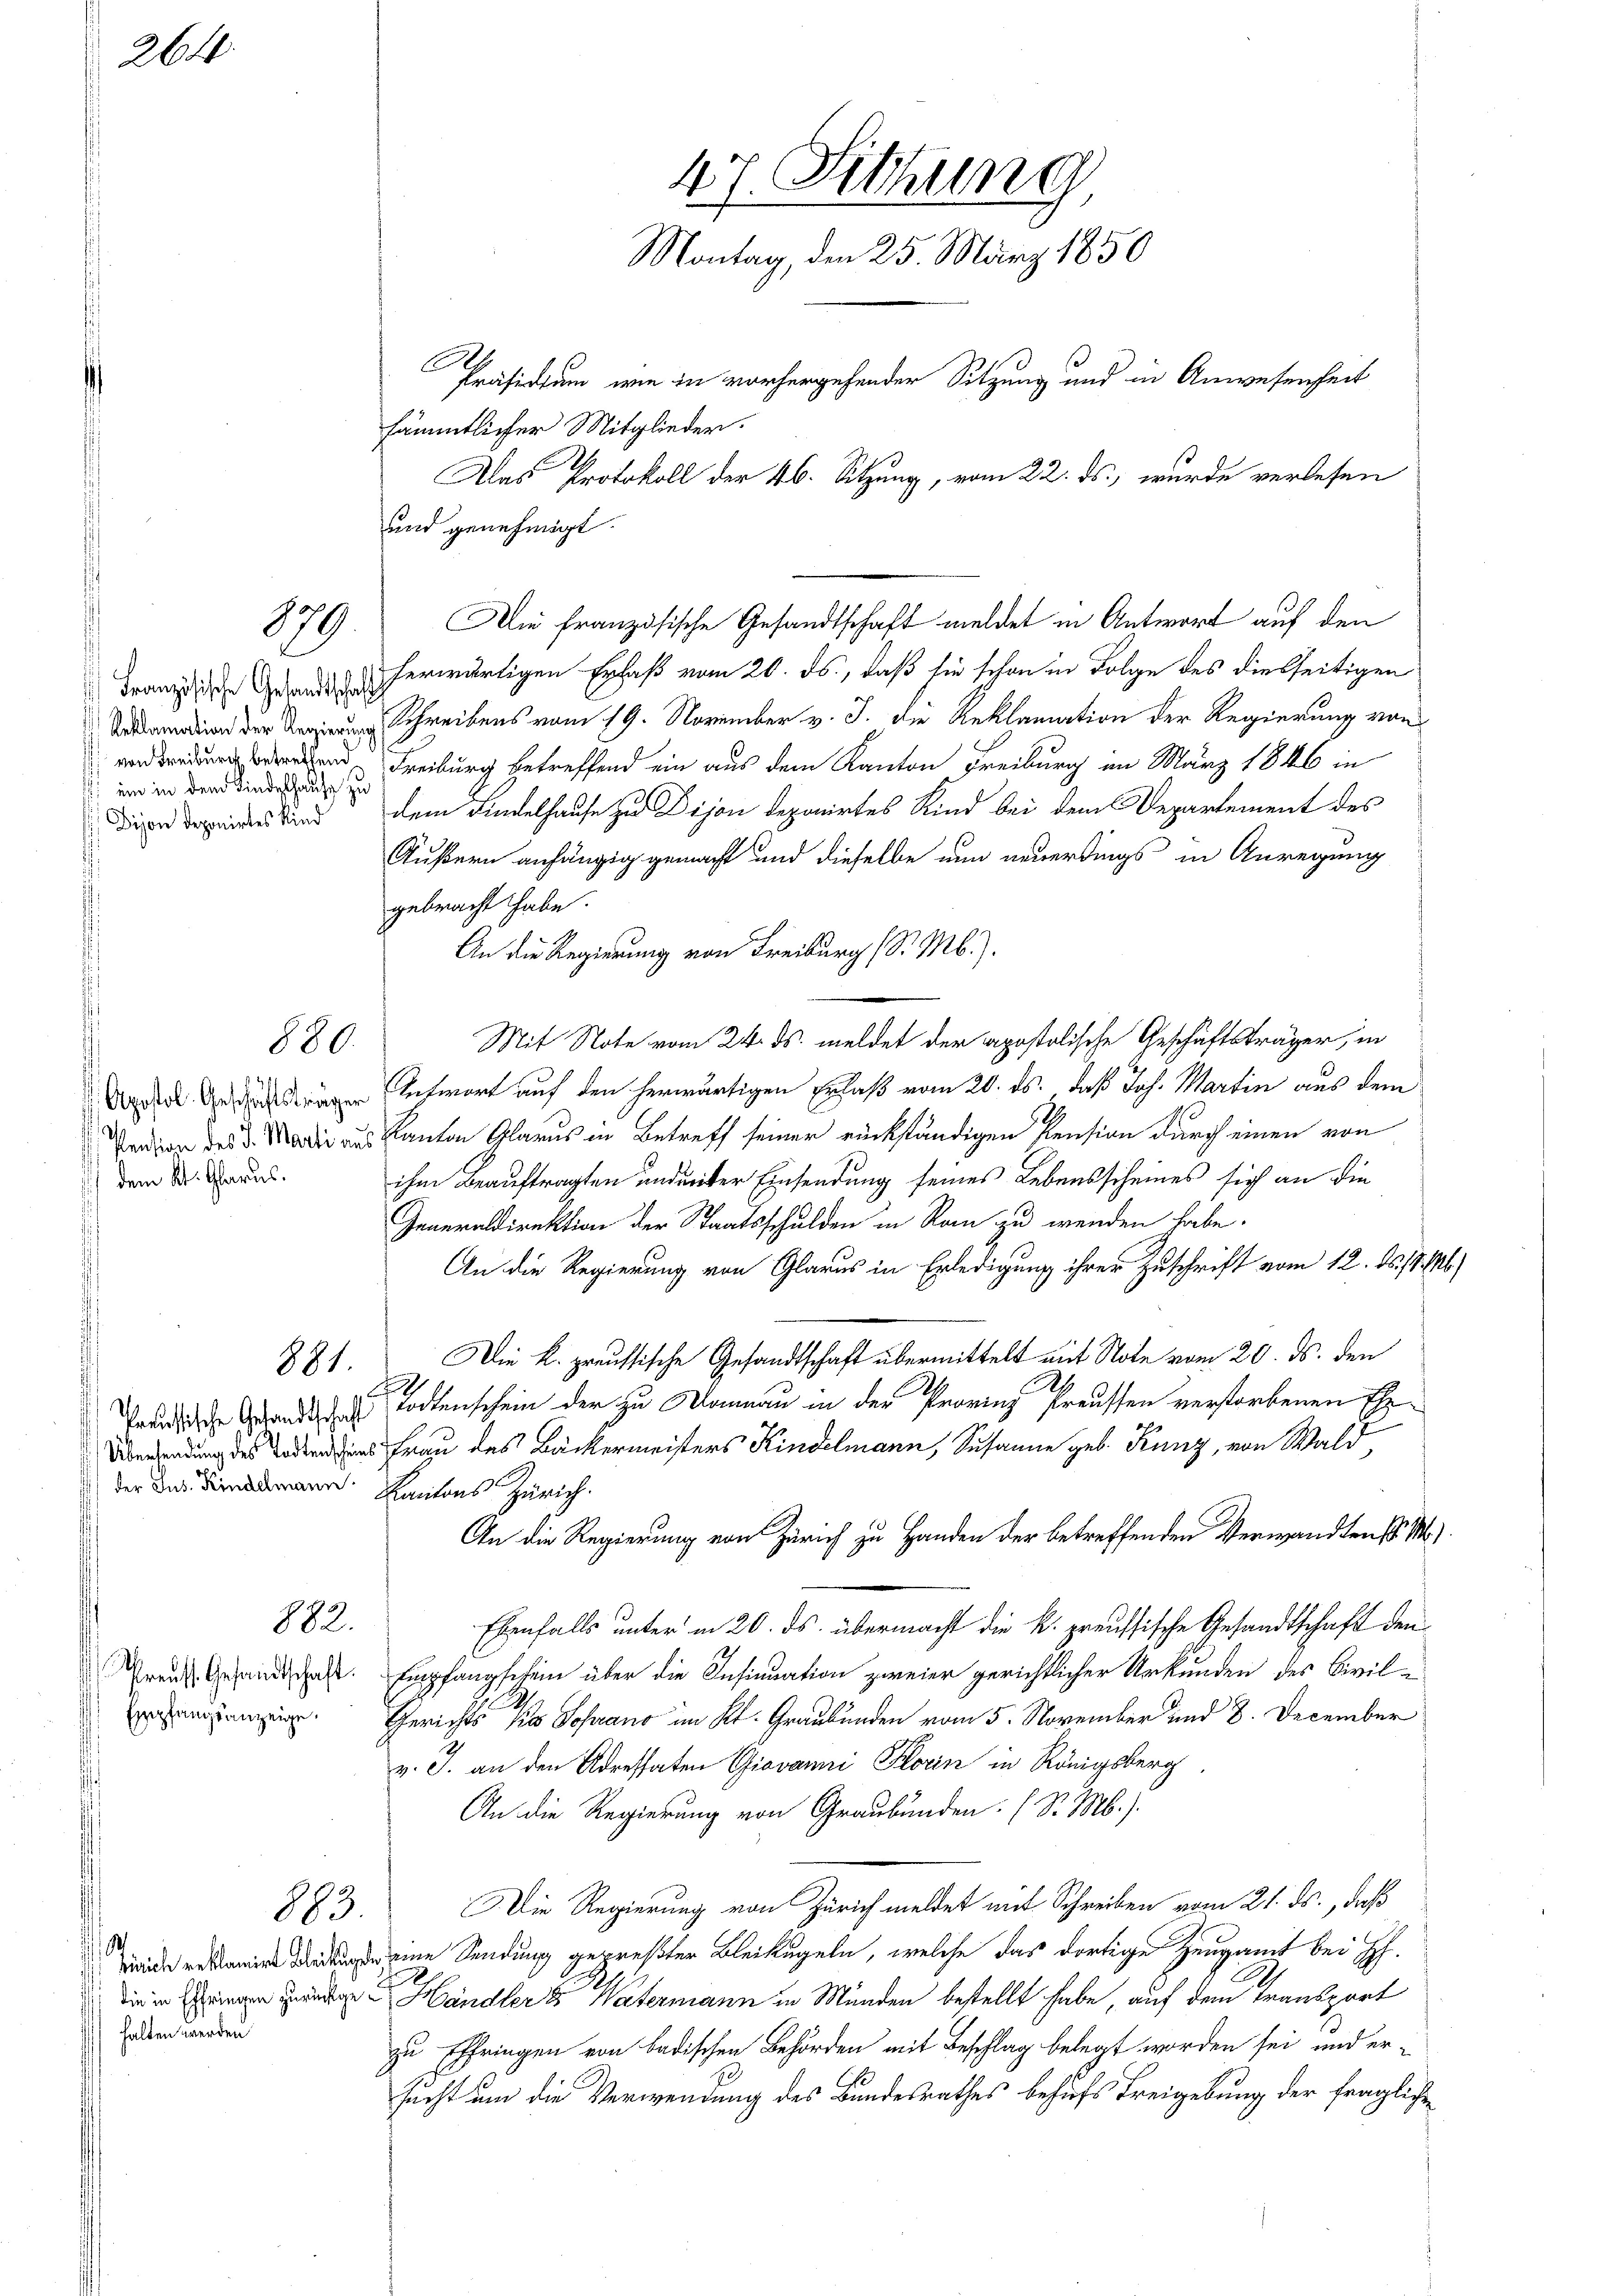
26

Französische Gesandtschaft
Reklamation der Regierung
von Freiburg betreffend
 im in dem Kindeshause zu
Dison deponirtes Kind

179

880.

dem Kt. Glarus.

der Sus. Kindelmann.

881.

Preuss. Gesandtschaft.
Empfangsanzeige.

882.

halten werden

883.

E
und genehmigt.
herwärtigen Erlaß vom 20. ds., daß sie schon in Folge des diesseitigen
Schreibens vom 19. November v. J. die Reklamation der Regierung von
Freiburg betreffend ein aus dem Kanton Freiburg im März 1846 in
dem Findelhause zu Dijon deponirtes Kind bei dem Departement des
Äußern anhängig gemacht und dieselbe nun neuerdings in Anregung
gebracht habe.
An die Regierung von Freiburg (S. M.).
Mit Note vom 24. ds. meldet der apostolische Geschäftsträger, in
chwort auf den herwärtigen Erlaß vom 20. ds. daß Joh. Martin aus dem
Person des d. Mai aus Kanton Glarus in Betreff seiner rückständigen Pension durch einen von
ihm Beauftragten und unter Einsendung seines Lebensscheines sich an die
Generaldirektion der Staatsschulden in Rain zu wenden habe.
An die Regierung von Glarus in Erledigung ihrer Zuschrift vom 12. ds. /. M.)
Die k. preussische Gesandtschaft übermittelt mit Note vom 20. ds. den
.
 tochenschein der zu Wannau in der Provinz Preussen verstorbenen Ehe¬
 des Frau des Bäckermeisters Kindelmann, Susanne geb. Kunz, von Wald
Kantons Zürich.
An die Regierung von Zürich zu Handen der betreffenden Verwandtens M
Ebenfalls unter in 20. ds. übermacht die k. preussische Gesandtschaft den
Empfangschein über die Insinuation zweier gerichtlicher Urkunden des Civil¬
Gerichts Ko Sohrano im Kt. Graubünden vom 5. November und 8. December
v. J. an den Adressaten Giovanni Florin in Königsberg
An die Regierung von Graubünden. (S. M.).
Die Regierung von Zürich meldet mit Schreiben vom 21. ds., daß
 eine Sendung gepreßter Bleikugeln, welche das dortige Zeugamt bei Ih.
die in Erinnen Berichte Händler & Watermann in Münden bestellt habe, auf dem Transport
zu Ehfringen von badischen Behörden mit Beschlag belegt worden sei und er-
sucht um die Verwendung des Bundesrathes behufs Freigebung der fraglichen

47. Setzung
Montag, den 25. März 1850
Präsidium, wie in vorhergehender Sitzung und in Anwesenheit
sämmtlicher Mitglieder.
Das Protokoll der 46. Sitzung, vom 22. ds., wurde verlesen

Die französische Gesandtschaft meldet in Antwort auf den